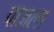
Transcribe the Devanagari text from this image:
पाजला